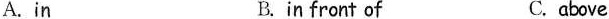
A.in B.in front of C.above